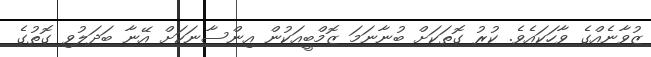
ޒުވާނެއްގެ ވާހަކައެވެ. ކުރު ގޮތަކަށް ބުނާނަމަ ޒޮމްބީއަކުން އިންސާނަަކަށް އޭނާ ބަދަލުވި ގޮތުގެ